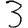
Digit: 3